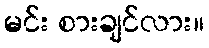
မင်း စားချင်လား။